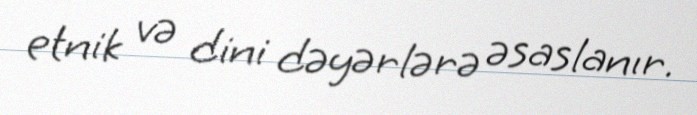
etnik və dini dəyərlərə əsaslanır.